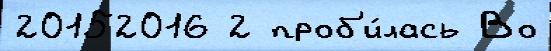
20152016 2 проб'и́лась Во